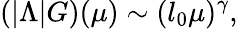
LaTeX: (|\Lambda|G)(\mu)\sim(l_{0}\mu)^{\gamma},